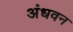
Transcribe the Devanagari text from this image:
अंधवन